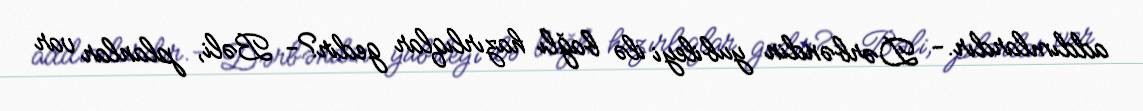
addımlardır.- Dərbəndin yubileyi ilə bağlı hazırlıqlar gedir?- Bəli, planlar var